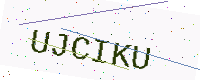
Text: UJCIKU